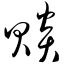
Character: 赕